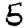
Digit: 5